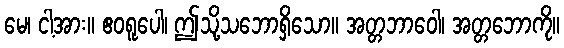
မေ၊ ငါ့အား။ ဧဝရူပေါ၊ ဤသို့သဘောရှိသော။ အတ္တဘာဝေါ၊ အတ္တဘောကို။